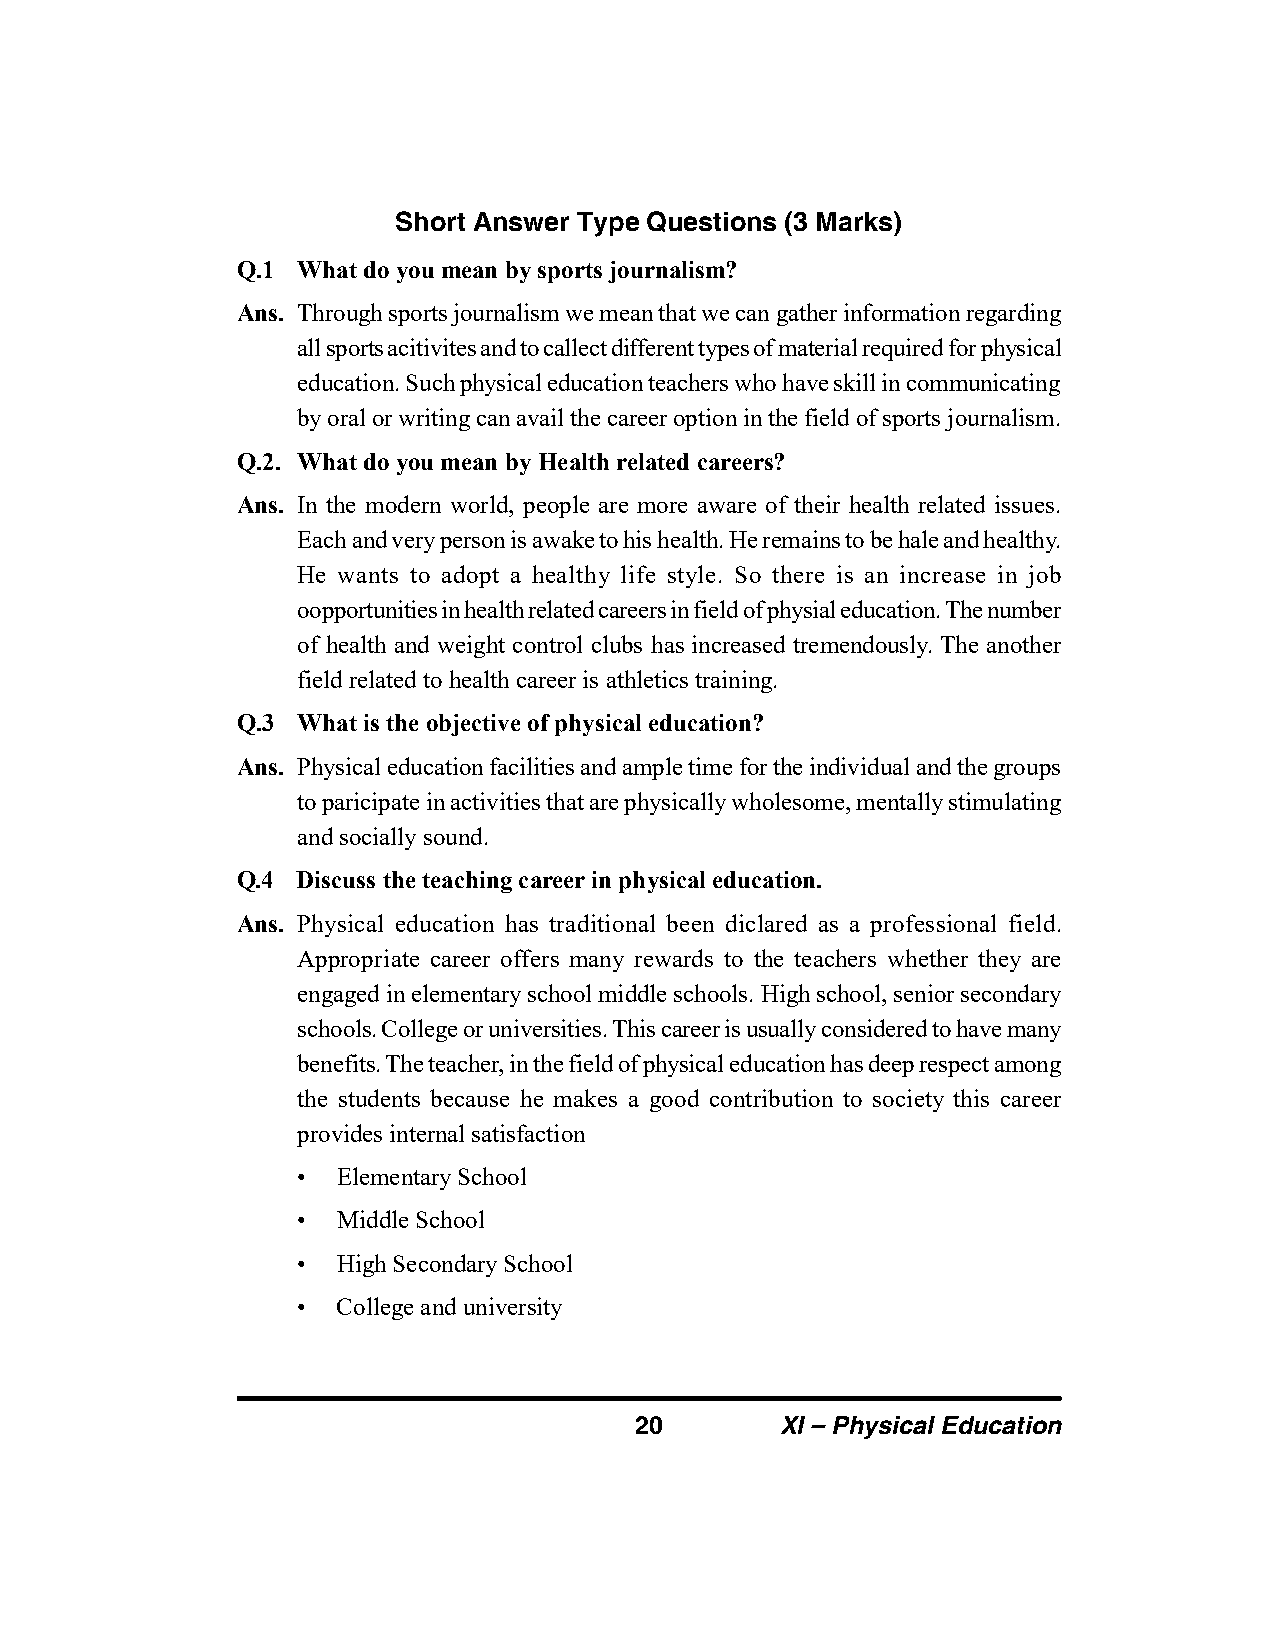
Short Answer Type Questions (3 Marks)
 Q.1 What do you mean by sports journalism?
 Ans. Through sports journalism we mean that we can gather information regarding
 all sports acitivites and to callect different types of material required for physical
 education. Such physical education teachers who have skill in communicating
 by oral or writing can avail the career option in the field of sports journalism.
 Q.2. What do you mean by Health related careers?
 Ans. In the modern world, people are more aware of their health related issues.
 Each and very person is awake to his health. He remains to be hale and healthy.
 He wants to adopt a healthy life style. So there is an increase in job
 oopportunities in health related careers in field of physial education. The number
 of health and weight control clubs has increased tremendously. The another
 field related to health career is athletics training.
 Q.3 What is the objective of physical education?
 Ans. Physical education facilities and ample time for the individual and the groups
 to paricipate in activities that are physically wholesome, mentally stimulating
 and socially sound.
 Q.4 Discuss the teaching career in physical education.
 Ans. Physical education has traditional been diclared as a professional field.
 Appropriate career offers many rewards to the teachers whether they are
 engaged in elementary school middle schools. High school, senior secondary
 schools. College or universities. This career is usually considered to have many
 benefits. The teacher, in the field of physical education has deep respect among
 the students because he makes a good contribution to society this career
 provides internal satisfaction
 • Elementary School
 • Middle School
 • High Secondary School
 • College and university
 20        XI – Physical Education